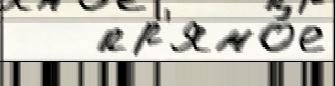
   пр'ямо́е